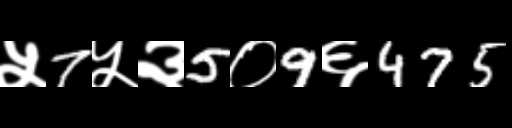
Text: ५7५३5०9६475